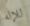
للإله